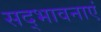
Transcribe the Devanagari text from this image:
सद्भावनाएं